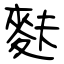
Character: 麩